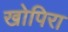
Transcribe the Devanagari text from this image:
खोपिरा